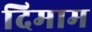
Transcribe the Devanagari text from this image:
दिमाम